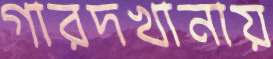
গারদখানায়